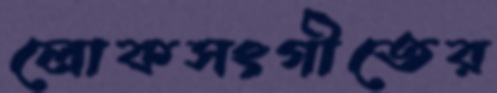
লোকসংগীতের